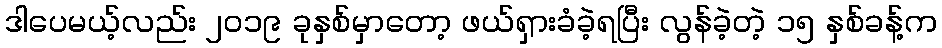
ဒါပေမယ့်လည်း ၂၀၁၉ ခုနှစ်မှာတော့ ဖယ်ရှားခံခဲ့ရပြီး လွန်ခဲ့တဲ့ ၁၅ နှစ်ခန့်က